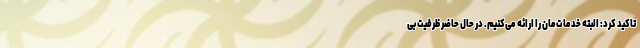
تاکید کرد: البته خدمات‌مان را ارائه می‌کنیم. در حال حاضر ظرفیت بی